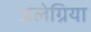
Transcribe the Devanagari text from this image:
अलेग्रिया